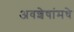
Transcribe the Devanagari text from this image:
अवशेषांमधे